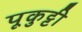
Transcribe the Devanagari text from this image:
पूकुट्टी